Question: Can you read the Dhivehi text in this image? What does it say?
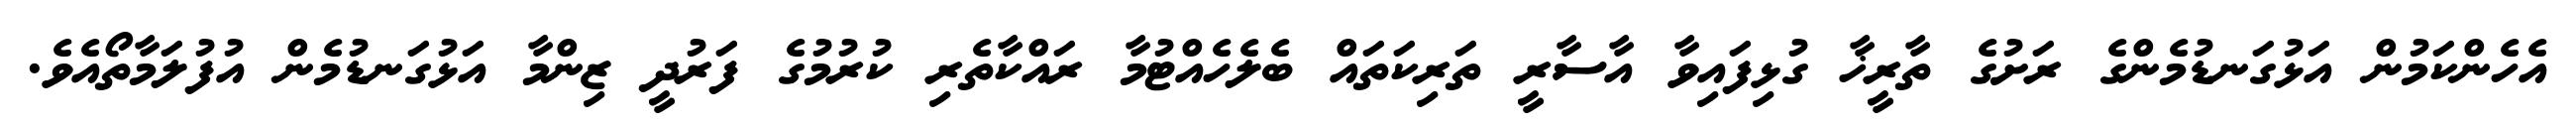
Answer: އެހެންކަމުން އަޅުގަނޑުމެންގެ ރަށުގެ ތާރީޚާ ގުޅިފައިވާ އާސާރީ ތަރިކަތައް ބެލެހެއްޓުމާ ރައްކާތެރި ކުރުމުގެ ފަރުދީ ޒިންމާ އަޅުގަނޑުމެން އުފުލަމާތޯއެވެ.